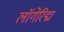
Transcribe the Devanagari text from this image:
लॉगेरिद्म